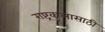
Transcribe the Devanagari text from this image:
राष्ट्रकुलासाठी